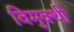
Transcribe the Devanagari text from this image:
विमुक्थी